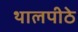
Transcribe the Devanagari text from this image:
थालपीठे